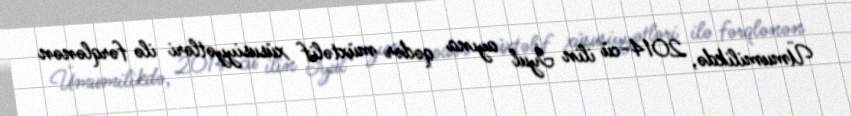
Ümumilikdə, 2014-cü ilin İyul ayına qədər müxtəlif xüsusiyyətləri ilə fərqlənən